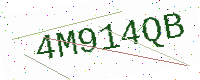
Text: 4M914QB